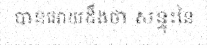
បានអោយដឹងថា សន្ទុះនៃ